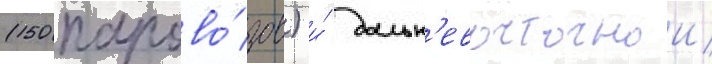
(150 парово́зов) и́ дальн'евосточнои